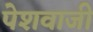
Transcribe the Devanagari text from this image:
पेशवाजी